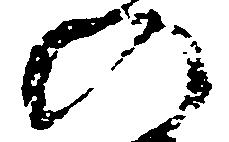
の